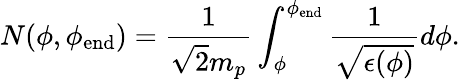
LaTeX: N(\phi,\phi_{\mathrm{end}})=\frac{1}{\sqrt{2}m_{p}}\int_{\phi}^{\phi_{\mathrm{end}}}\frac{1}{\sqrt{\epsilon(\phi)}}d\phi.